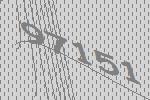
97151